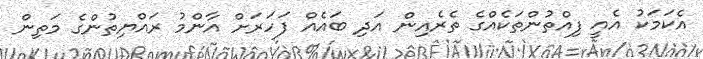
އެކަމަކު އެއީ ފިއްތުންތަކެއްގެ ތެރެއިން އަދި ބައެއް ފަހަރަށް އާންމު ރައްޔިތުންގެ މަތިން